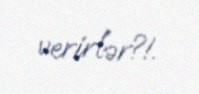
verirlər?!.